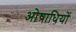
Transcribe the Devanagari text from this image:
ओषाधियों